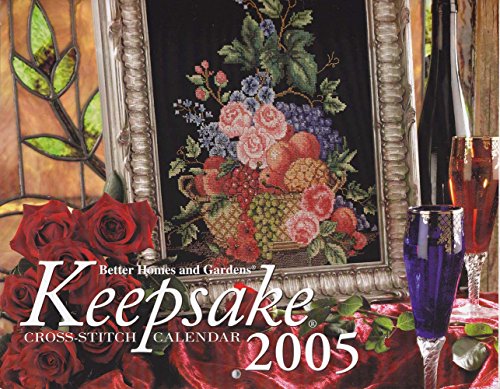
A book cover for Better Homes and Gardens Keepsake Cross-stitch Calendar 2005; Calendars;